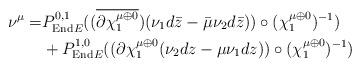
LaTeX: \begin{align*} \nu^{\mu}=&P^{0,1}_{{\rm End}E}((\overline{\partial \chi_1^{\mu\oplus 0}})(\nu_1 d\bar z -\bar\mu\nu_2 d\bar z) )\circ(\chi_1^{\mu\oplus 0})^{-1})\\ &+P^{1,0}_{{\rm End}E}((\partial \chi_1^{\mu\oplus 0}(\nu_2 dz-\mu\nu_1dz) )\circ(\chi_1^{\mu\oplus 0})^{-1})\end{align*}